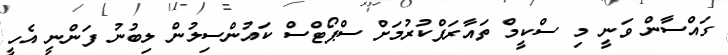
ގައްސާން ވަނީ މި ސްކީމް ތައާރަފްކުރުމަށް ސްޕޯޓްސް ކައުންސިލުން ލިބުނު ފަންނީ އެހީ